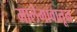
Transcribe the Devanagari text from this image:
मालेगावातून